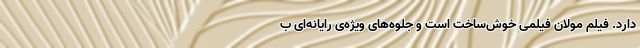
دارد. فیلم مولان فیلمی خوش‌ساخت است و جلوه‌های ویژه‌ی رایانه‌ای ب